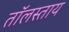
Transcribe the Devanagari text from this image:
तॉलस्ताय